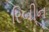
રિબીન